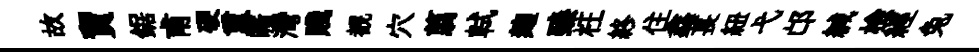
故貿鋸甫硬重曠灣賤覩穴翦軾麹臻枉終住鑫萇紐弋邙緘檢經兔